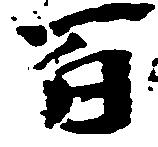
百